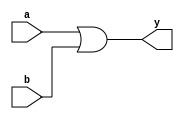
`timescale 1ns / 1ps
//////////////////////////////////////////////////////////////////////////////////
// Company: 
// Engineer: 
// 
// Design Name: 
// Module Name:    OR 
// Project Name: 
// Target Devices: 
// Tool versions: 
// Description: 
//
// Dependencies: 
//
// Revision: 
// Revision 0.01 - File Created
// Additional Comments: 
//
//////////////////////////////////////////////////////////////////////////////////
module OR(
input a,
input b,
output y

    );
assign y=a|b;

endmodule